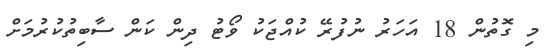
މި ގޮތުން 18 އަހަރު ނުފުރޭ ކުއްޖަކު ވޯޓު ދިން ކަން ސާބިތުކުރުމަށް